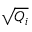
\sqrt { Q _ { i } }